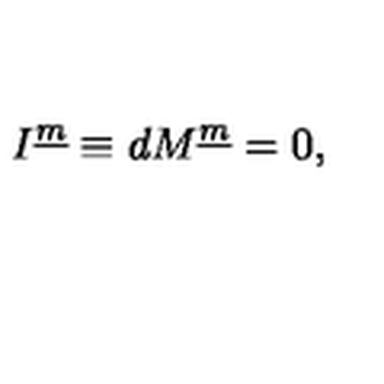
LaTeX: I ^ { \underline { { m } } } \equiv d M ^ { \underline { { m } } } = 0 ,